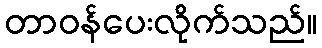
တာဝန်ပေးလိုက်သည်။